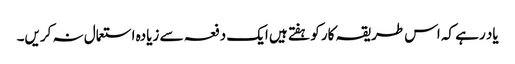
یاد رہے کہ اس طریقہ کار کو ہفتے ہیں ایک دفعہ سے زیادہ استعمال نہ کریں۔